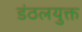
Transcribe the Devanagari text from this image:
डंठलयुक्त